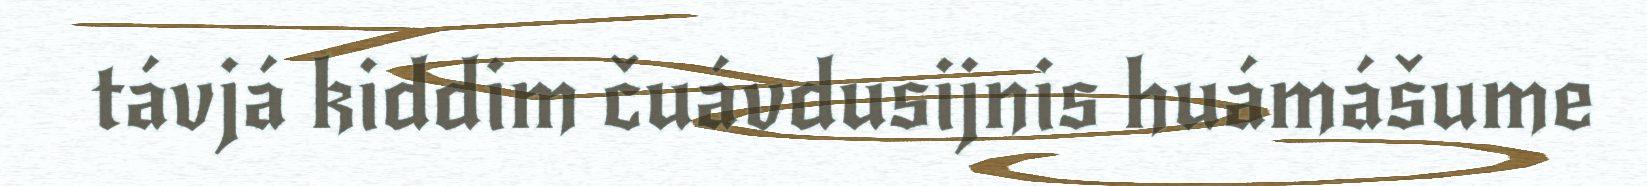
távjá kiddim čuávdusijnis huámášume